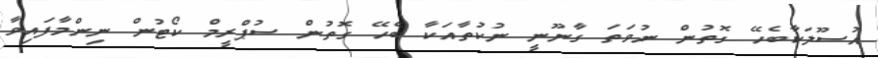
އުސޫލަކާބެހޭ ގޮތުން ނުވަތަ ގާނޫނީ ނުކުތާއަކާ ބެހޭ ގޮތުން ސުޕްރީމް ކޯޓުން ނިންމާފައިވާ